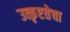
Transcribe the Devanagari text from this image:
उत्कृष्टतेचा